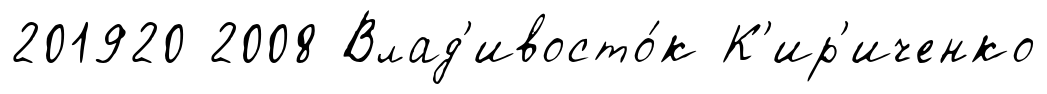
201920 2008 Влад'ивосто́к К'ир'иченко